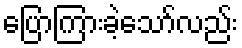
ပြောကြားခဲ့သော်လည်း